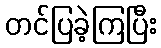
တင်ပြခဲ့ကြပြီး